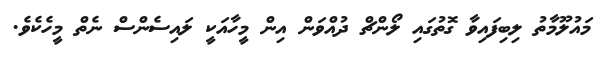
މައުލޫމާތު ލިބިފައިވާ ގޮތުގައި ލޯންޗް ދުއްވަން އިން މީހާއަކީ ލައިސެންސް ނެތް މީހެކެވެ.